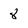
Character: 8